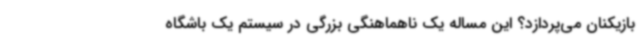
بازیکنان می‌پردازد؟ این مساله یک ناهماهنگی بزرگی در سیستم یک باشگاه